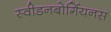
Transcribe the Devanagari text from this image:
स्वीडनबोर्गियनस